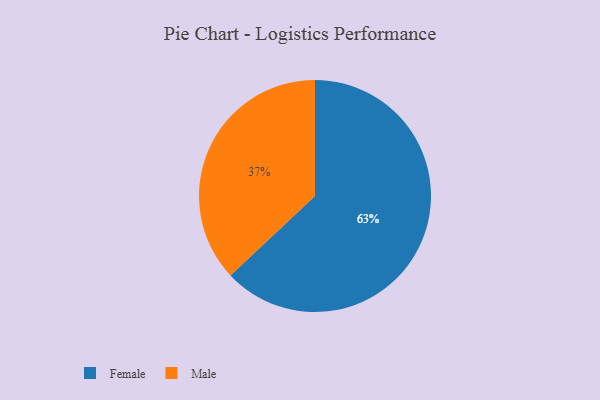
{"axis": {"x": "Category", "y": "Percentage"}, "legend": ["Female", "Male"], "data": [{"x": "Male", "y": 37, "type": "Male"}, {"x": "Female", "y": 63, "type": "Female"}]}